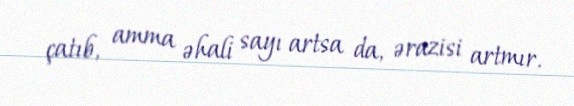
çatıb, amma əhali sayı artsa da, ərazisi artmır.